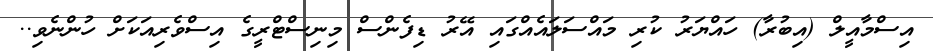
އިސްމާއީލް (އިބުރާ) ހައްޔަރު ކުރި މައްސަލައެއްގައި އޭރު ޑިފެންސް މިނިސްޓްރީގެ އިސްވެރިއަކަށް ހުންނެވި..